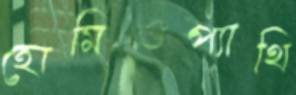
হোমিওপ্যাথি